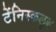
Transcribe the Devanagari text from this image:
टेंनिस्कलुब